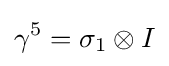
\gamma ^{5}=\sigma _{1}\otimes I